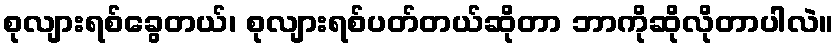
စုလျားရစ်ခွေတယ်၊ စုလျားရစ်ပတ်တယ်ဆိုတာ ဘာကိုဆိုလိုတာပါလဲ။